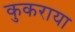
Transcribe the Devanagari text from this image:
कुकराया